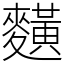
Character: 䵃